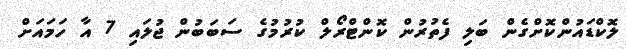
ލޮކްޑައުންކޮށްގެން ބަލި ފެތުރުން ކޮންޓްރޯލް ކުރުމުގެ ސަބަބުން ޖުލައި 7 އާ ހަމައަށް